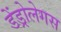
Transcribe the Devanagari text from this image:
डेंड्रोलेगस